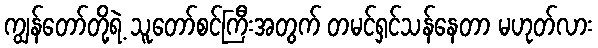
ကျွန်တော်တို့ရဲ့ သူတော်စင်ကြီးအတွက် တမင်ရှင်သန်နေတာ မဟုတ်လား